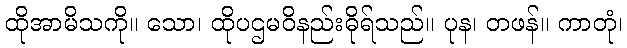
ထိုအာမိသကို။ သော၊ ထိုပဌမဝိနည်းဓိုရ်သည်။ ပုန၊ တဖန်။ ကာတုံ၊